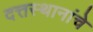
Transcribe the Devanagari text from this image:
दत्तस्थानांचे